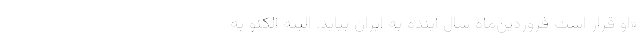
«او قرار است فروردین‌ماه سال آینده به ایران بیاید. البته آلکنو به